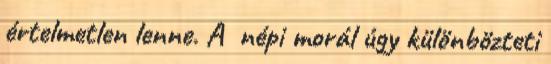
értelmetlen lenne. A népi morál úgy különbözteti